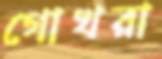
গোখরা